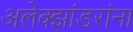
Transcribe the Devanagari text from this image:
अलेक्झांडरांना